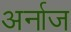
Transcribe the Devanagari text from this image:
अर्नाज